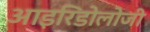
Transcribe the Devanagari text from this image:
आइरिडोलोजी